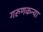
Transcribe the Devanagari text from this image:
गरुणकन्या